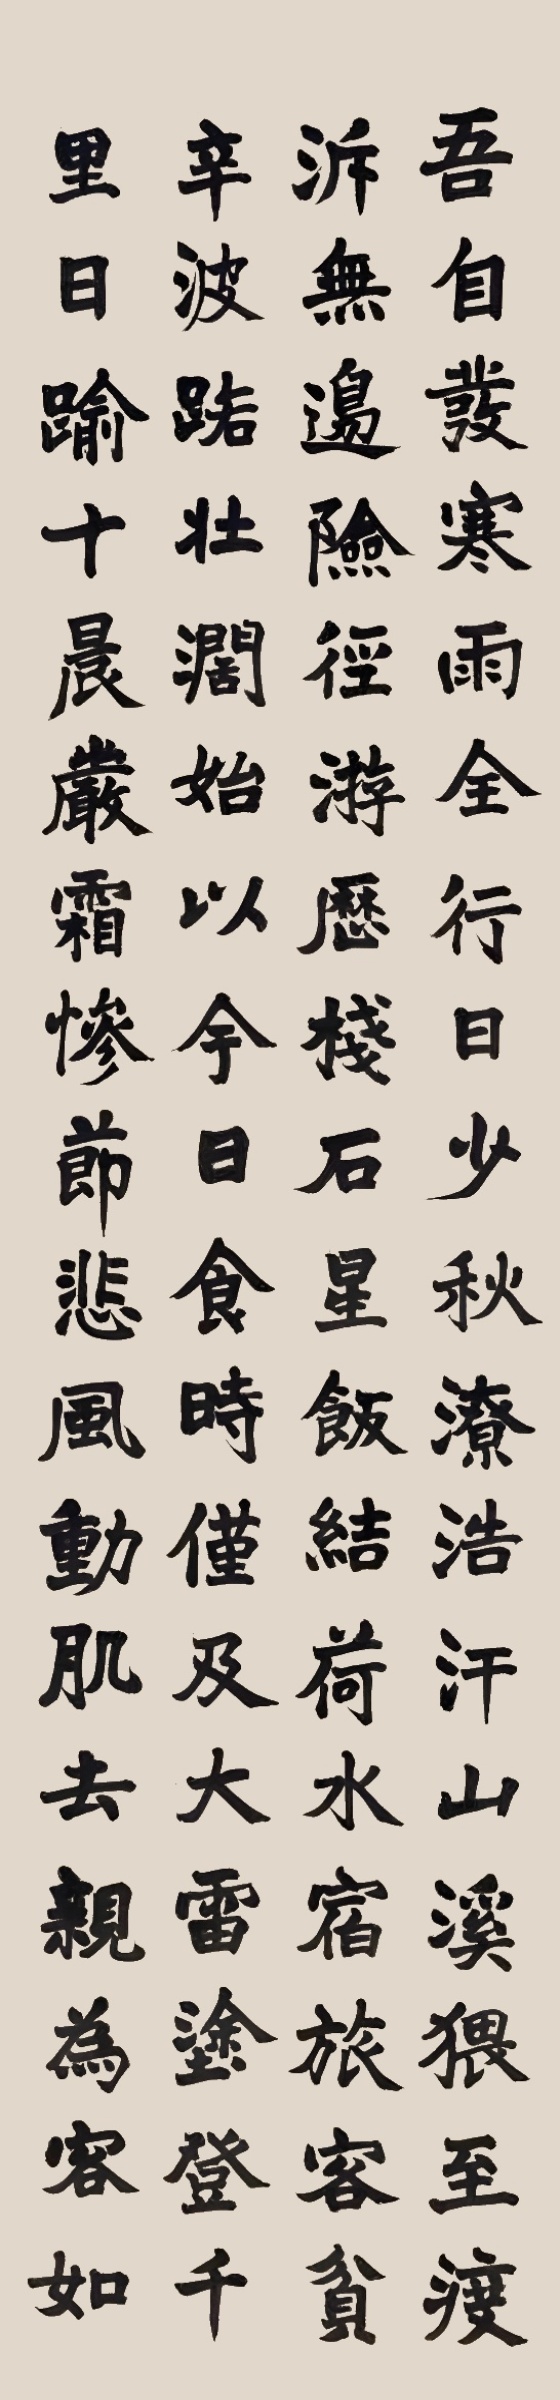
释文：吾自发寒雨，全行日少，秋潦浩汗，山溪猥至，渡溯无边，险径游历，栈石星饭，结荷水宿，旅客贫辛，波路壮阔……上常积云霞，雕锦缛。若华夕曜，岩泽气通，传明散彩，赫似绛天。张女纶英书。